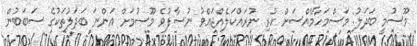
މޫސުމީ ބަދަލު: މަސްމަހާމެއްސަށް ހުރި ނުރައްކަލެއްޖައްވު ނުސާފުވެ މޫސުމަށް އަންނަ ބަދަލުތަކުގެ ސަބަބުން